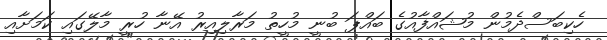
ހެކިބަސްދެމުން މުޝައްފާއުގެ ބައްޕަ ބުނީ މުހީތު މަރާލިއިރު އޭނާ ހުރީ މާލޭގައި ކަމަށާއި